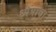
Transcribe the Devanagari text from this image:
ध्येयाचा